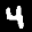
Label: 4